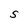
Character: S